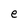
Character: e